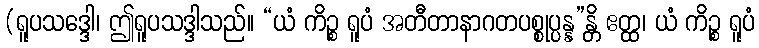
(ရူပသဒ္ဒေါ၊ ဤရူပသဒ္ဒါသည်။ “ယံ ကိဉ္စ ရူပံ အတီတာနာဂတပစ္စုပ္ပန္န”န္တိ ဧတ္ထ၊ ယံ ကိဉ္စ ရူပံ